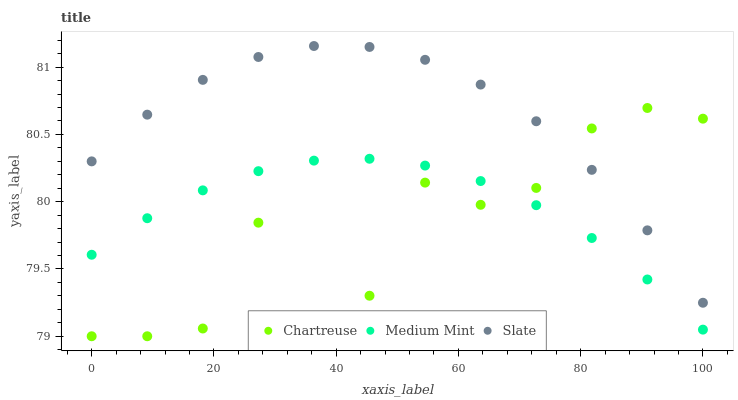
| xaxis_label | Chartreuse | Medium Mint | Slate |
 | --- | --- | --- | --- |
 | 0 | 79 | 79.6 | 80.3 |
 | 9.09 | 79 | 79.9 | 80.6 |
 | 18.2 | 79.1 | 80.1 | 80.9 |
 | 27.3 | 79.8 | 80.2 | 81.1 |
 | 36.4 | 79.1 | 80.3 | 81.2 |
 | 45.5 | 79.3 | 80.3 | 81.2 |
 | 54.5 | 80.1 | 80.3 | 81.1 |
 | 63.6 | 80 | 80.2 | 80.9 |
 | 72.7 | 80.1 | 80 | 80.6 |
 | 81.8 | 80.5 | 79.7 | 80.2 |
 | 90.9 | 80.7 | 79.4 | 79.8 |
 | 100 | 80.6 | 79 | 79.2 |